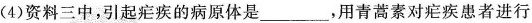
(4)资料三中，引起疟疾的病原体是___，用青蒿素对疟疾患者进行